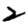
Digit: 2